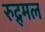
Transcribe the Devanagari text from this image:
रुद्र्मल